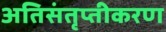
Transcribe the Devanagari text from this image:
अतिसंतृप्तीकरण